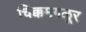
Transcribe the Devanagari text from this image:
चिक्कमगळूर